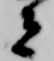
者